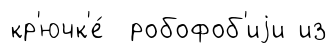
кр'ючк'е́ робофоб'иjи из